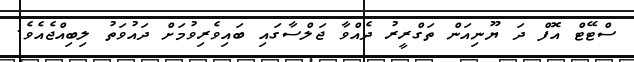
ސްޓޭޓް އޮފް ދަ ޔޫނިއަން ތަގްރީރު ދެއްވާ ޖަލްސާގައި ބައިވެރިވުމަށް ދައުވަތު ލިބިއްޖެއެވެ.